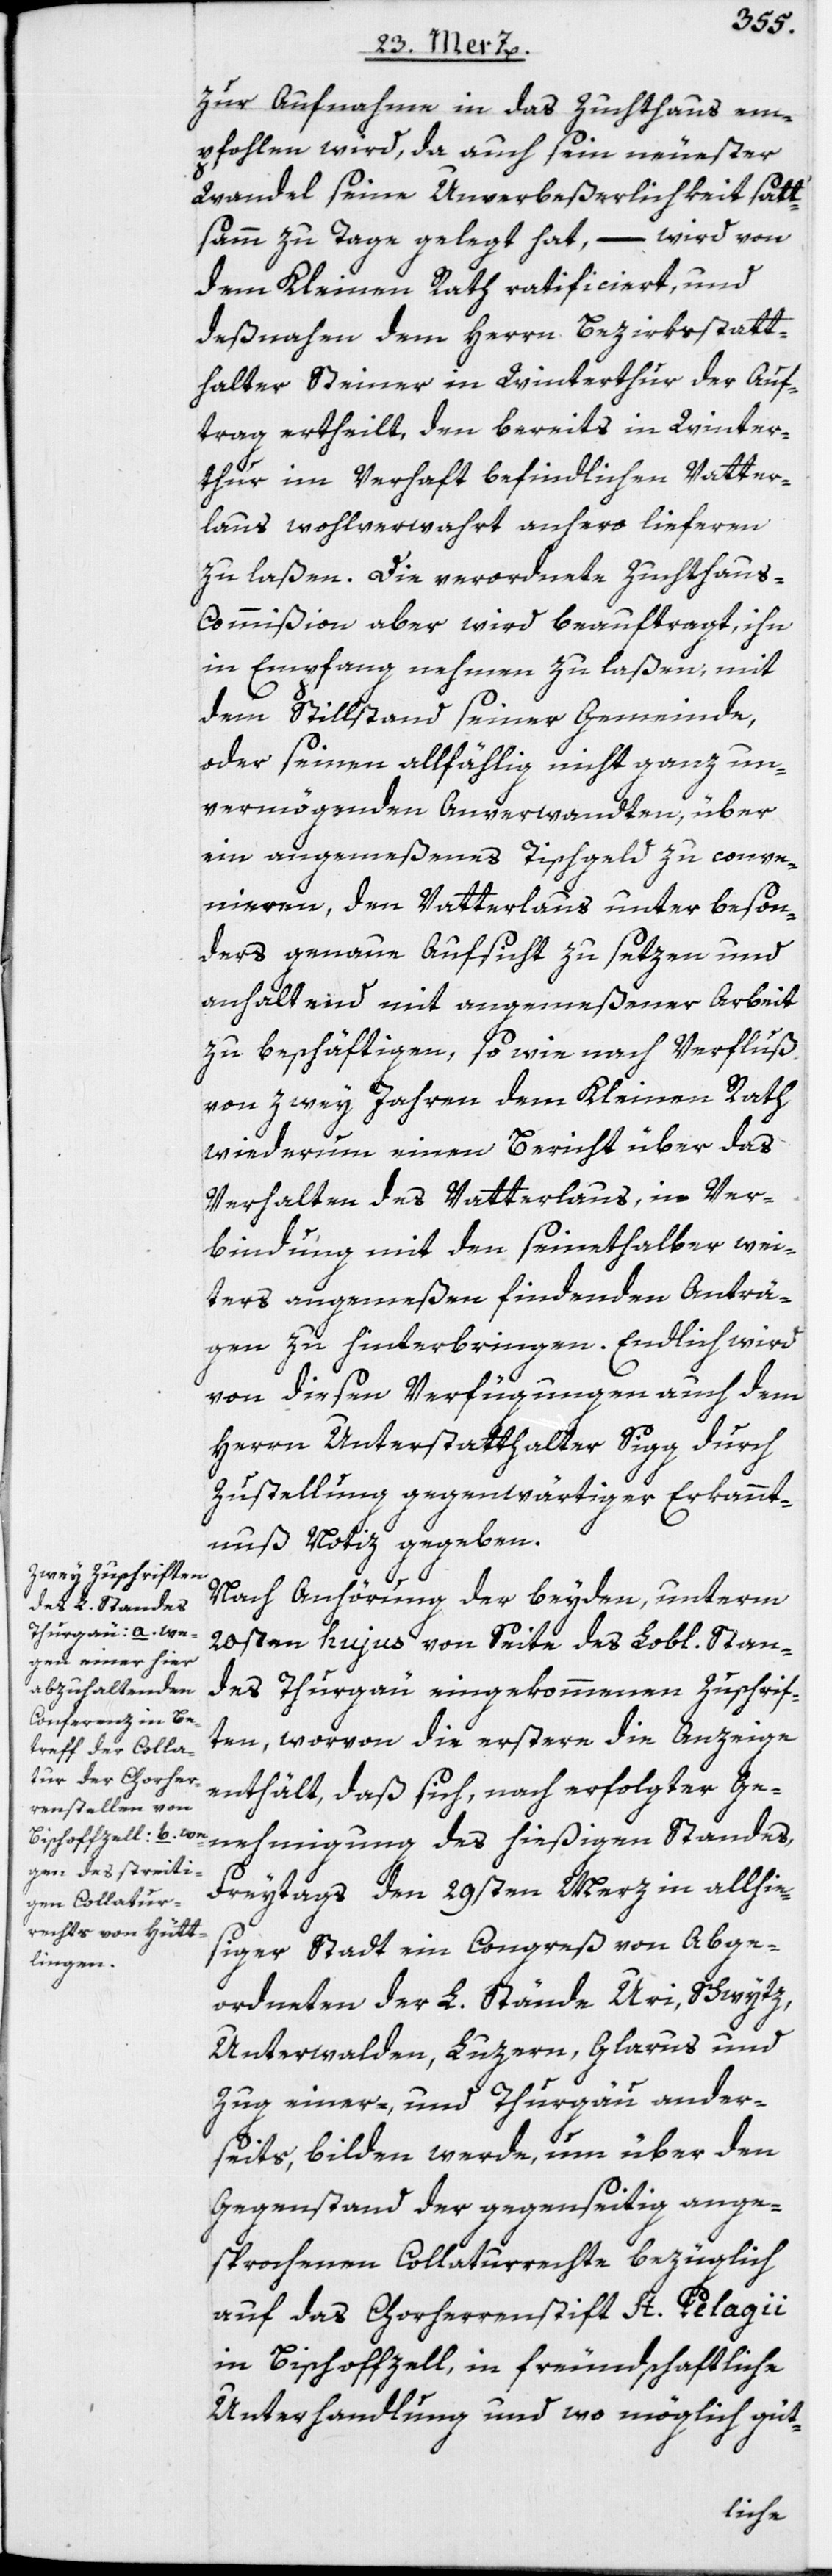
zur Aufnahme in das Zuchthaus em¬
pfohlen wird, da auch sein neuester
Wandel seine Unverbeßerlichkeit satt¬
samm zu Tage gelegt hat, – wird von
dem Kleinen Rath ratificiert, und
deßnahen dem Herrn Bezirksstatt¬
halter Steiner in Winterthur der Auf¬
trag ertheilt, den bereits in Winter¬
thur im Verhaft befindlichen Vatter¬
laus wohlverwahrt anhero lieferen
zu laßen. Die verordnete Zuchthau¬
s-Commißion aber wird beauftragt, ihn
in Empfang nehmen zu laßen, mit
dem Stillstand seiner Gemeinde,
oder seinen allfählig nicht ganz un¬
vermögenden Anverwandten, über
ein angemeßenes Tischgeld zu conve¬
nieren, den Vatterlaus unter beson¬
ders genaue Aufsicht zu setzen und
anhaltend mit angemeßener Arbeit
zu beschäftigen, so wie nach Verfluß
von zwey Jahren dem Kleinen Rath
wiederum einen Bericht über das
Verhalten des Vatterlaus, in Ver¬
bindung mit den seinethalber wei¬
ters angemeßen findenden Anträ¬
gen zu hinterbringen. Endlich wird
von diesen Verfügungen auch dem
Herrn Unterstatthalter Sigg durch
Zustellung gegenwärtiger Erkannt¬
nuß Notiz gegeben.
Nach Anhörung der beyden, unterm
20sten hujus von Seite des Lobl. Stan¬
des Thurgau eingekommenen Zuschrif¬
ten, worvon die erstere die Anzeige
enthält, daß sich, nach erfolgter Ge¬
nehmigung des hießigen Standes,
Freytags den 29sten Merz in allhie¬
siger Stadt ein Congreß von Abge¬
ordneten der L. Stände Uri, Schwytz,
Unterwalden, Luzern, Glarus und
Zug einer-, und Thurgau ander¬
seits, bilden werde, um über den
Gegenstand der gegenseitig ange¬
sprochenen Collaturrechte bezüglich
auf das Chorherrenstift St. Pelagii
in Bischoffzell, in freundschaftliche
Unterhandlung und wo möglich güt-